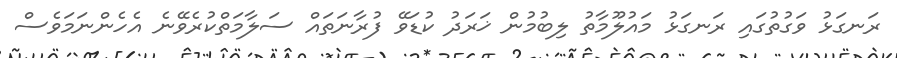
ރަނގަޅު ވަގުތުގައި ރަނގަޅު މައުލޫމާތު ލިބުމުން ޚަރަދު ކުޑަވޭ ފުރާނަތައް ސަލާމަތްކުރެވޭނެ އެހެންނަމަވެސް